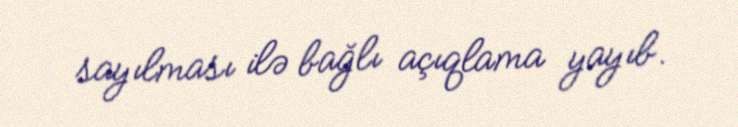
sayılması ilə bağlı açıqlama yayıb.